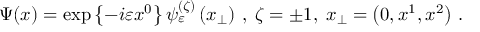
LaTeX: \Psi ( x ) = \exp \left\{ - i \varepsilon x ^ { 0 } \right\} \psi _ { \varepsilon } ^ { ( \zeta ) } \left( x _ { \perp } \right) \, , \; \zeta = \pm 1 , \; x _ { \perp } = \left( 0 , x ^ { 1 } , x ^ { 2 } \right) \, .